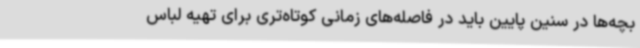
بچه‌ها در سنین پایین باید در فاصله‌های زمانی کوتاه‌تری برای تهیه لباس